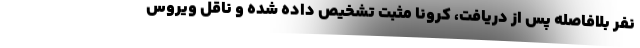
نفر بلافاصله پس از دریافت، کرونا مثبت تشخیص داده شده و ناقل ویروس